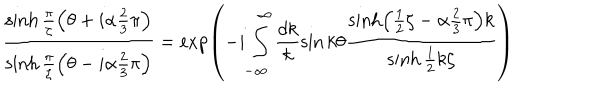
LaTeX: \frac { \sinh \frac { \pi } { \zeta } \left( \theta + i \alpha \frac { 2 } { 3 } \pi \right) } { \sinh \frac { \pi } { \zeta } \left( \theta - i \alpha \frac { 2 } { 3 } \pi \right) } = \exp \left( - i \int _ { - \infty } ^ { \infty } \frac { d k } { k } \sin k \theta \frac { \sinh \left( \frac { 1 } { 2 } \zeta - \alpha \frac { 2 } { 3 } \pi \right) k } { \sinh \frac { 1 } { 2 } k \zeta } \right)